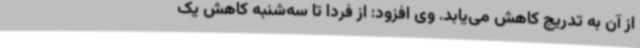
از آن به تدریج کاهش می‌یابد. وی افزود: از فردا تا سه‌شنبه کاهش یک